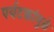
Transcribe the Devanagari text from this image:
पर्यटकांमुळे